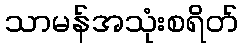
သာမန်အသုံးစရိတ်